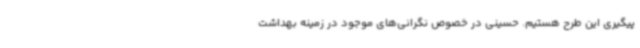
پیگیری این طرح هستیم. حسینی در خصوص نگرانی‌های موجود در زمینه بهداشت